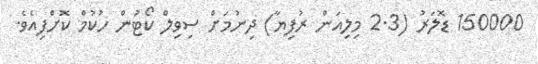
150000 ޑޮލަރު (2.3 މިލިއަން ރުފިޔާ) ދިނުމަށް ސިވިލް ކޯޓުން ހުކުމް ކޮށްފިއެވެ.